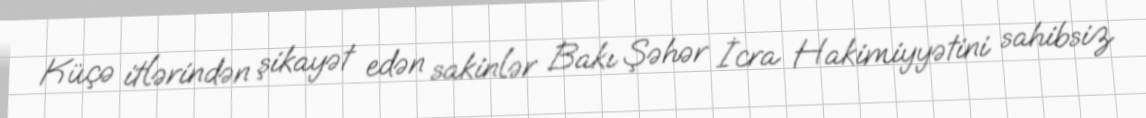
Küçə itlərindən şikayət edən sakinlər Bakı Şəhər İcra Hakimiyyətini sahibsiz